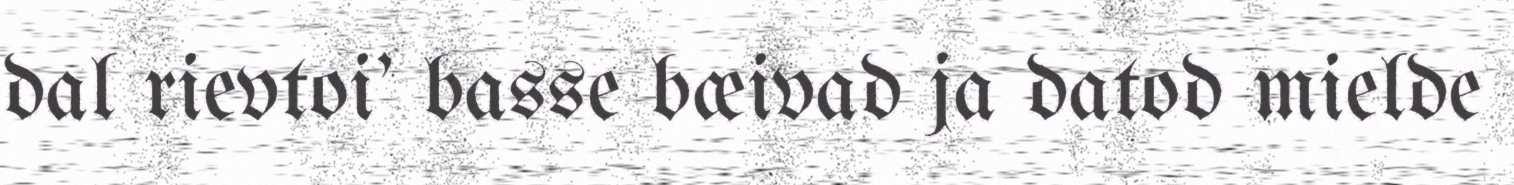
dal rievtoi' basse bæivad ja datod mielde